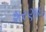
શરણાઇ